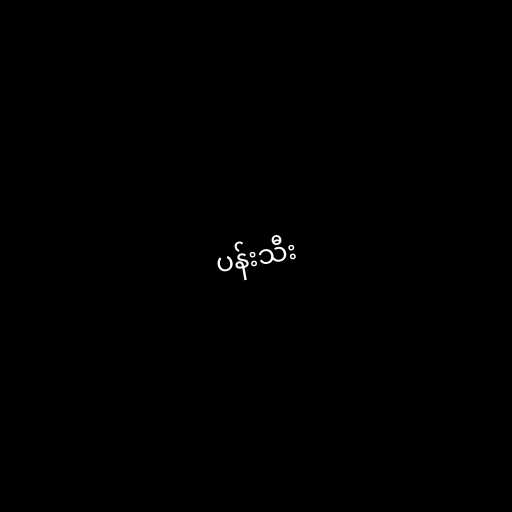
ပန်းသီး